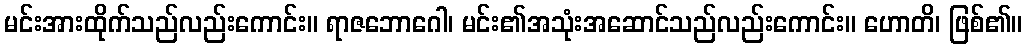
မင်းအားထိုက်သည်လည်းကောင်း။ ရာဇဘောဂေါ၊ မင်း၏အသုံးအဆောင်သည်လည်းကောင်း။ ဟောတိ၊ ဖြစ်၏။